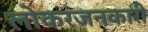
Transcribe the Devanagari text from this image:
लोकरंजनकारी